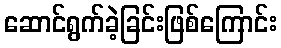
ဆောင်ရွက်ခဲ့ခြင်းဖြစ်ကြောင်း